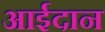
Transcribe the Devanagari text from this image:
आईदान